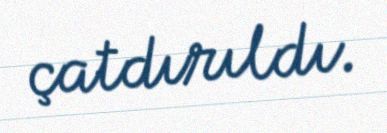
çatdırıldı.